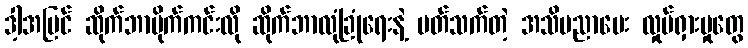
ဒါ့အပြင် ဆိုက်ဘာဗိုက်ကင်းလို ဆိုက်ဘာလုံခြုံရေးနဲ့ ပတ်သက်တဲ့ အသိပညာပေး လှုပ်ရှားမှုတွေ